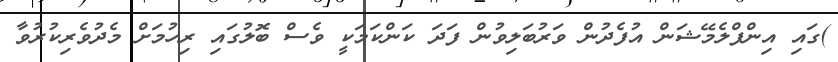
)ގައި އިންފްލެމޭޝަން އުފެދުން ވަރުބަލިވުން ފަދަ ކަންކަމަކީ ވެސް ބޮލުގައި ރިހުމަށް މެދުވެރިކުރުވާ